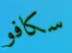
سكافو